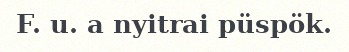
F. u. a nyitrai püspök.